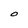
Character: O